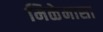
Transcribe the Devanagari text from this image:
मिळेनासा